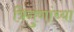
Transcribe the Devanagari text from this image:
त्रिगुणांच्या